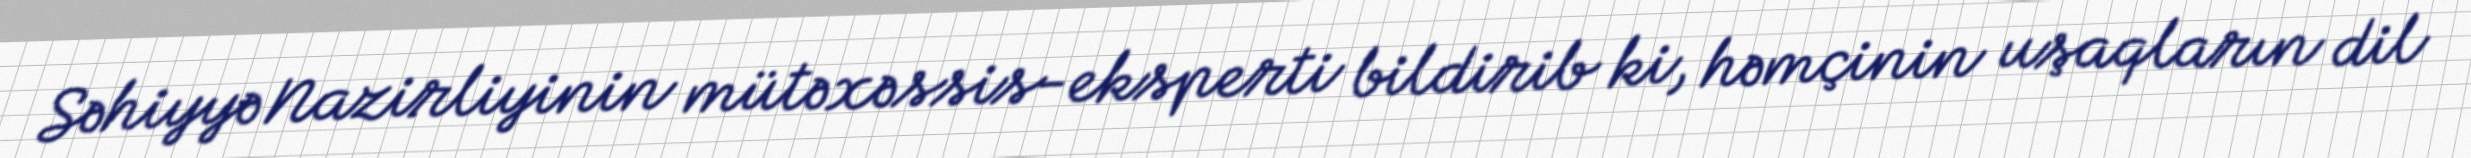
Səhiyyə Nazirliyinin mütəxəssis-eksperti bildirib ki, həmçinin uşaqların dil